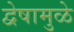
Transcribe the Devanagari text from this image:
द्वेषामुळे